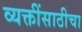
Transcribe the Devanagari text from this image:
व्यक्तींसाठीचा